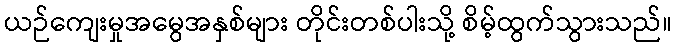
ယဉ်ကျေးမှုအမွေအနှစ်များ တိုင်းတစ်ပါးသို့ စိမ့်ထွက်သွားသည်။